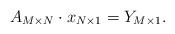
LaTeX: \begin{align*}A_{M\times N}\cdot x_{N\times 1}=Y_{M\times 1}.\end{align*}